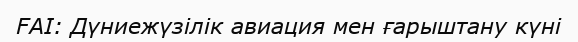
FAI: Дүниежүзілік авиация мен ғарыштану күні